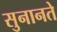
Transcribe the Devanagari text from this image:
सुनानते